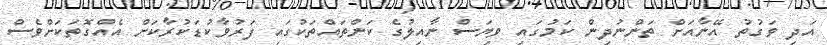
އަދި ވަގުތު އޭނާއަށް ތަންނުދިން ކަމުގައި ވިޔަސް ނާއިލުގެ ކަންތައްތަކުގައި ފަރުވާކުޑަކުރާކަށް އެއްގޮތަކަށްވެސް